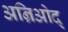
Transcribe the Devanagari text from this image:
अन्रिओद्